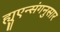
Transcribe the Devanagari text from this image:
ह्युएन्संगनुसार